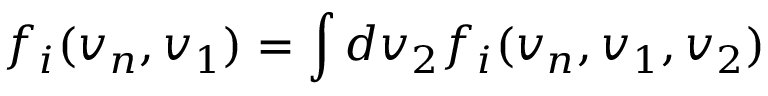
f _ { i } ( v _ { n } , v _ { 1 } ) = \int d v _ { 2 } f _ { i } ( v _ { n } , v _ { 1 } , v _ { 2 } )